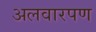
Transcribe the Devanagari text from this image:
अलवारपण